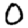
Digit: 0